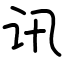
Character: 讯